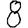
Digit: 8